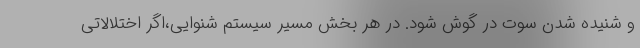
و شنیده شدن سوت در گوش شود. در هر بخش مسیر سیستم شنوایی،اگر اختلالاتی